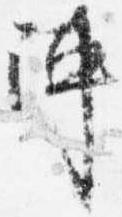
陣